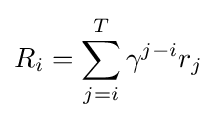
R_{i}=\sum _{j=i}^{T}\gamma ^{j-i}r_{j}